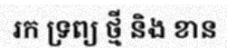
រក ទ្រព្យ ថ្មី និង ខាន